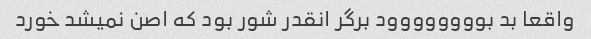
واقعا بد بوووووووود برگر انقدر شور بود که اصن نمیشد خورد